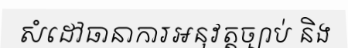
សំដៅធានាការអនុវត្តច្បាប់ និង